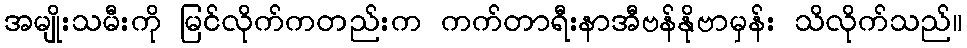
အမျိုးသမီးကို မြင်လိုက်ကတည်းက ကက်တာရီးနာအီဗန်နိုဗာမှန်း သိလိုက်သည်။